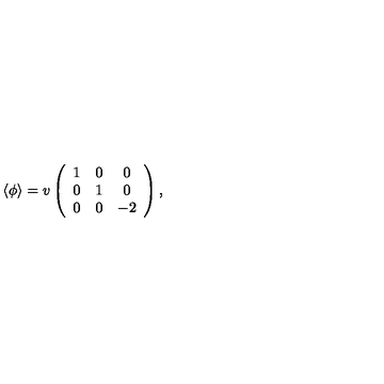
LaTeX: \langle \phi \rangle = v \left( \begin{array} { c c c } { 1 } & { 0 } & { 0 } \\ { 0 } & { 1 } & { 0 } \\ { 0 } & { 0 } & { - 2 } \\ \end{array} \right) ,